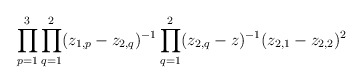
\begin{align*}\prod_{p=1}^3\prod_{q=1}^2(z_{1,p}-z_{2,q})^{-1}\prod_{q=1}^2(z_{2,q}-z)^{-1}(z_{2,1}-z_{2,2})^2\end{align*}